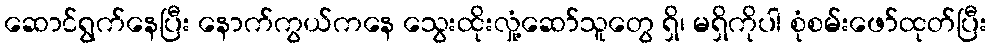
ဆောင်ရွက်နေပြီး နောက်ကွယ်ကနေ သွေးထိုးလှုံ့ဆော်သူတွေ ရှိ၊ မရှိကိုပါ စုံစမ်းဖော်ထုတ်ပြီး